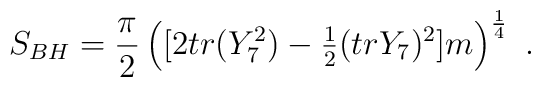
S_{BH}= {{\pi}\over 2} \left([2tr(Y_7^2)-{\textstyle {1\over 2}}(tr Y_7)^2]m \right )^{1\over 4} \ .